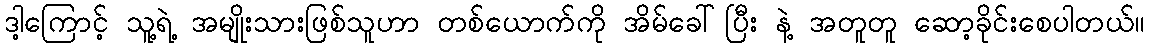
ဒါ့ကြောင့် သူ့ရဲ့ အမျိုးသားဖြစ်သူဟာ တစ်ယောက်ကို အိမ်ခေါ်ပြီး နဲ့ အတူတူ ဆော့ခိုင်းစေပါတယ်။